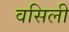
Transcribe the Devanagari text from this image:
वसिली